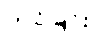
တင်ခြင်း